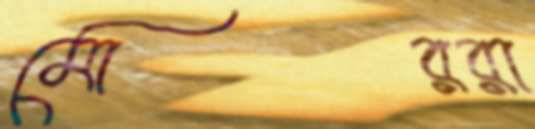
মোররা